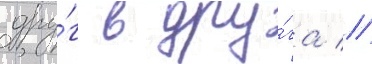
дру́г в дру́га //